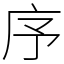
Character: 序